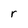
Character: r